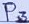
Text: P3